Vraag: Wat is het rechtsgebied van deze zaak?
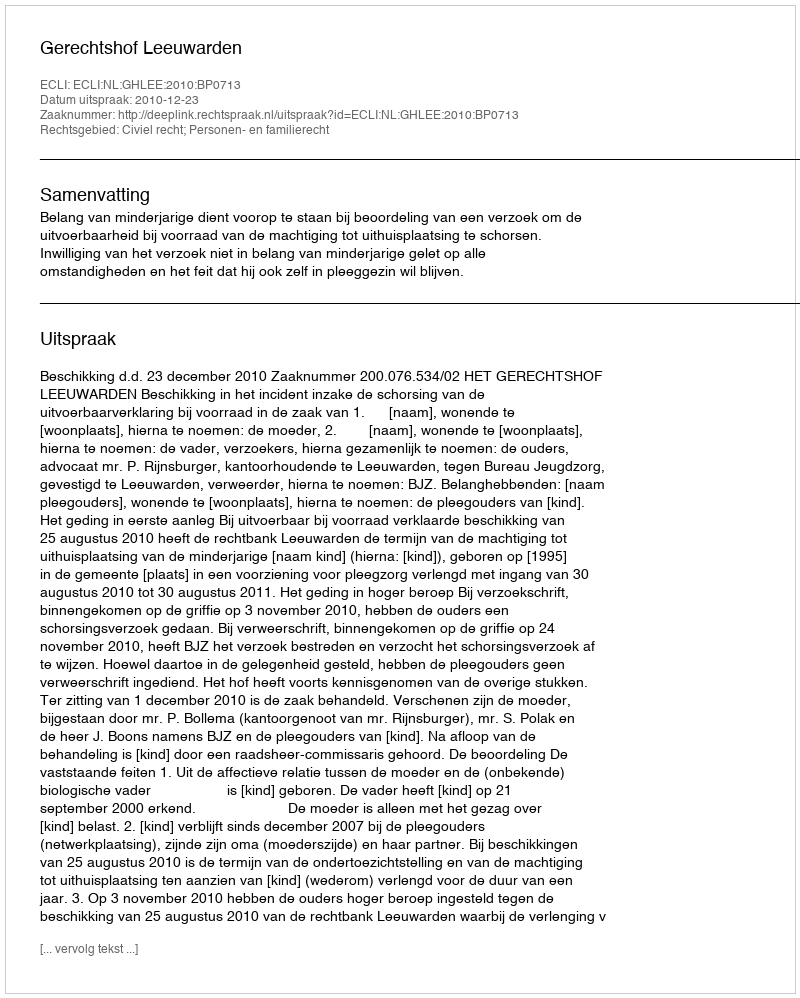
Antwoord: Civiel recht; Personen- en familierecht